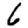
Digit: 6